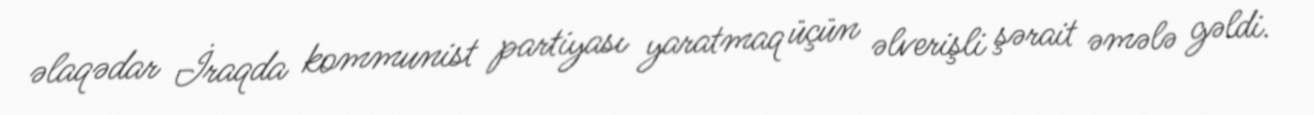
əlaqədar İraqda kommunist partiyası yaratmaq üçün əlverişli şərait əmələ gəldi.